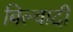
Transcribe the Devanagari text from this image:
बिल्वादी